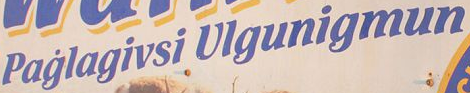
Paglagivsi Ulgunigmun